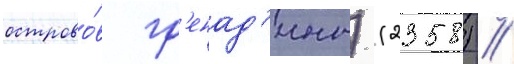
острово́в гр'енад'ины) (2358) //